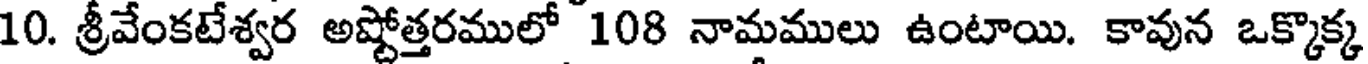
10. శ్రీవేంకటేశ్వర అష్టోత్తరములో 108 నామములు ఉంటాయి. కావున ఒక్కొక్క